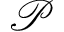
\mathcal { P }